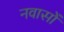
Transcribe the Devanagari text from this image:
नवासों